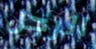
الرجل